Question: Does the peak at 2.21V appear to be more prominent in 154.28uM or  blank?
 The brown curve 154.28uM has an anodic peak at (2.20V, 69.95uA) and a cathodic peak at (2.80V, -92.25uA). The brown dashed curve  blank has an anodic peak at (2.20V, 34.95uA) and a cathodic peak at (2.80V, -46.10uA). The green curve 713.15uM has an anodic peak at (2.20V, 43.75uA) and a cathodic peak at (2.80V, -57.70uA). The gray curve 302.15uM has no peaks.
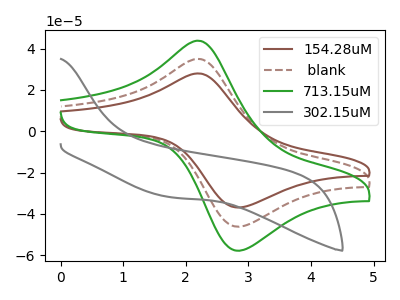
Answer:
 <answer>The peak at 2.21V is higher in "154.28uM" than in " blank".</answer>
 <eval>higher</eval>